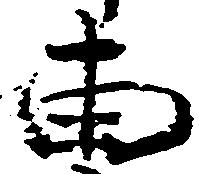
両